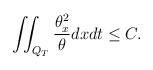
\begin{align*}\iint_{Q_T}\frac{\theta_x^2}{\theta} dxdt\leq C.\end{align*}